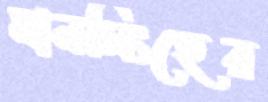
মানসিংহের